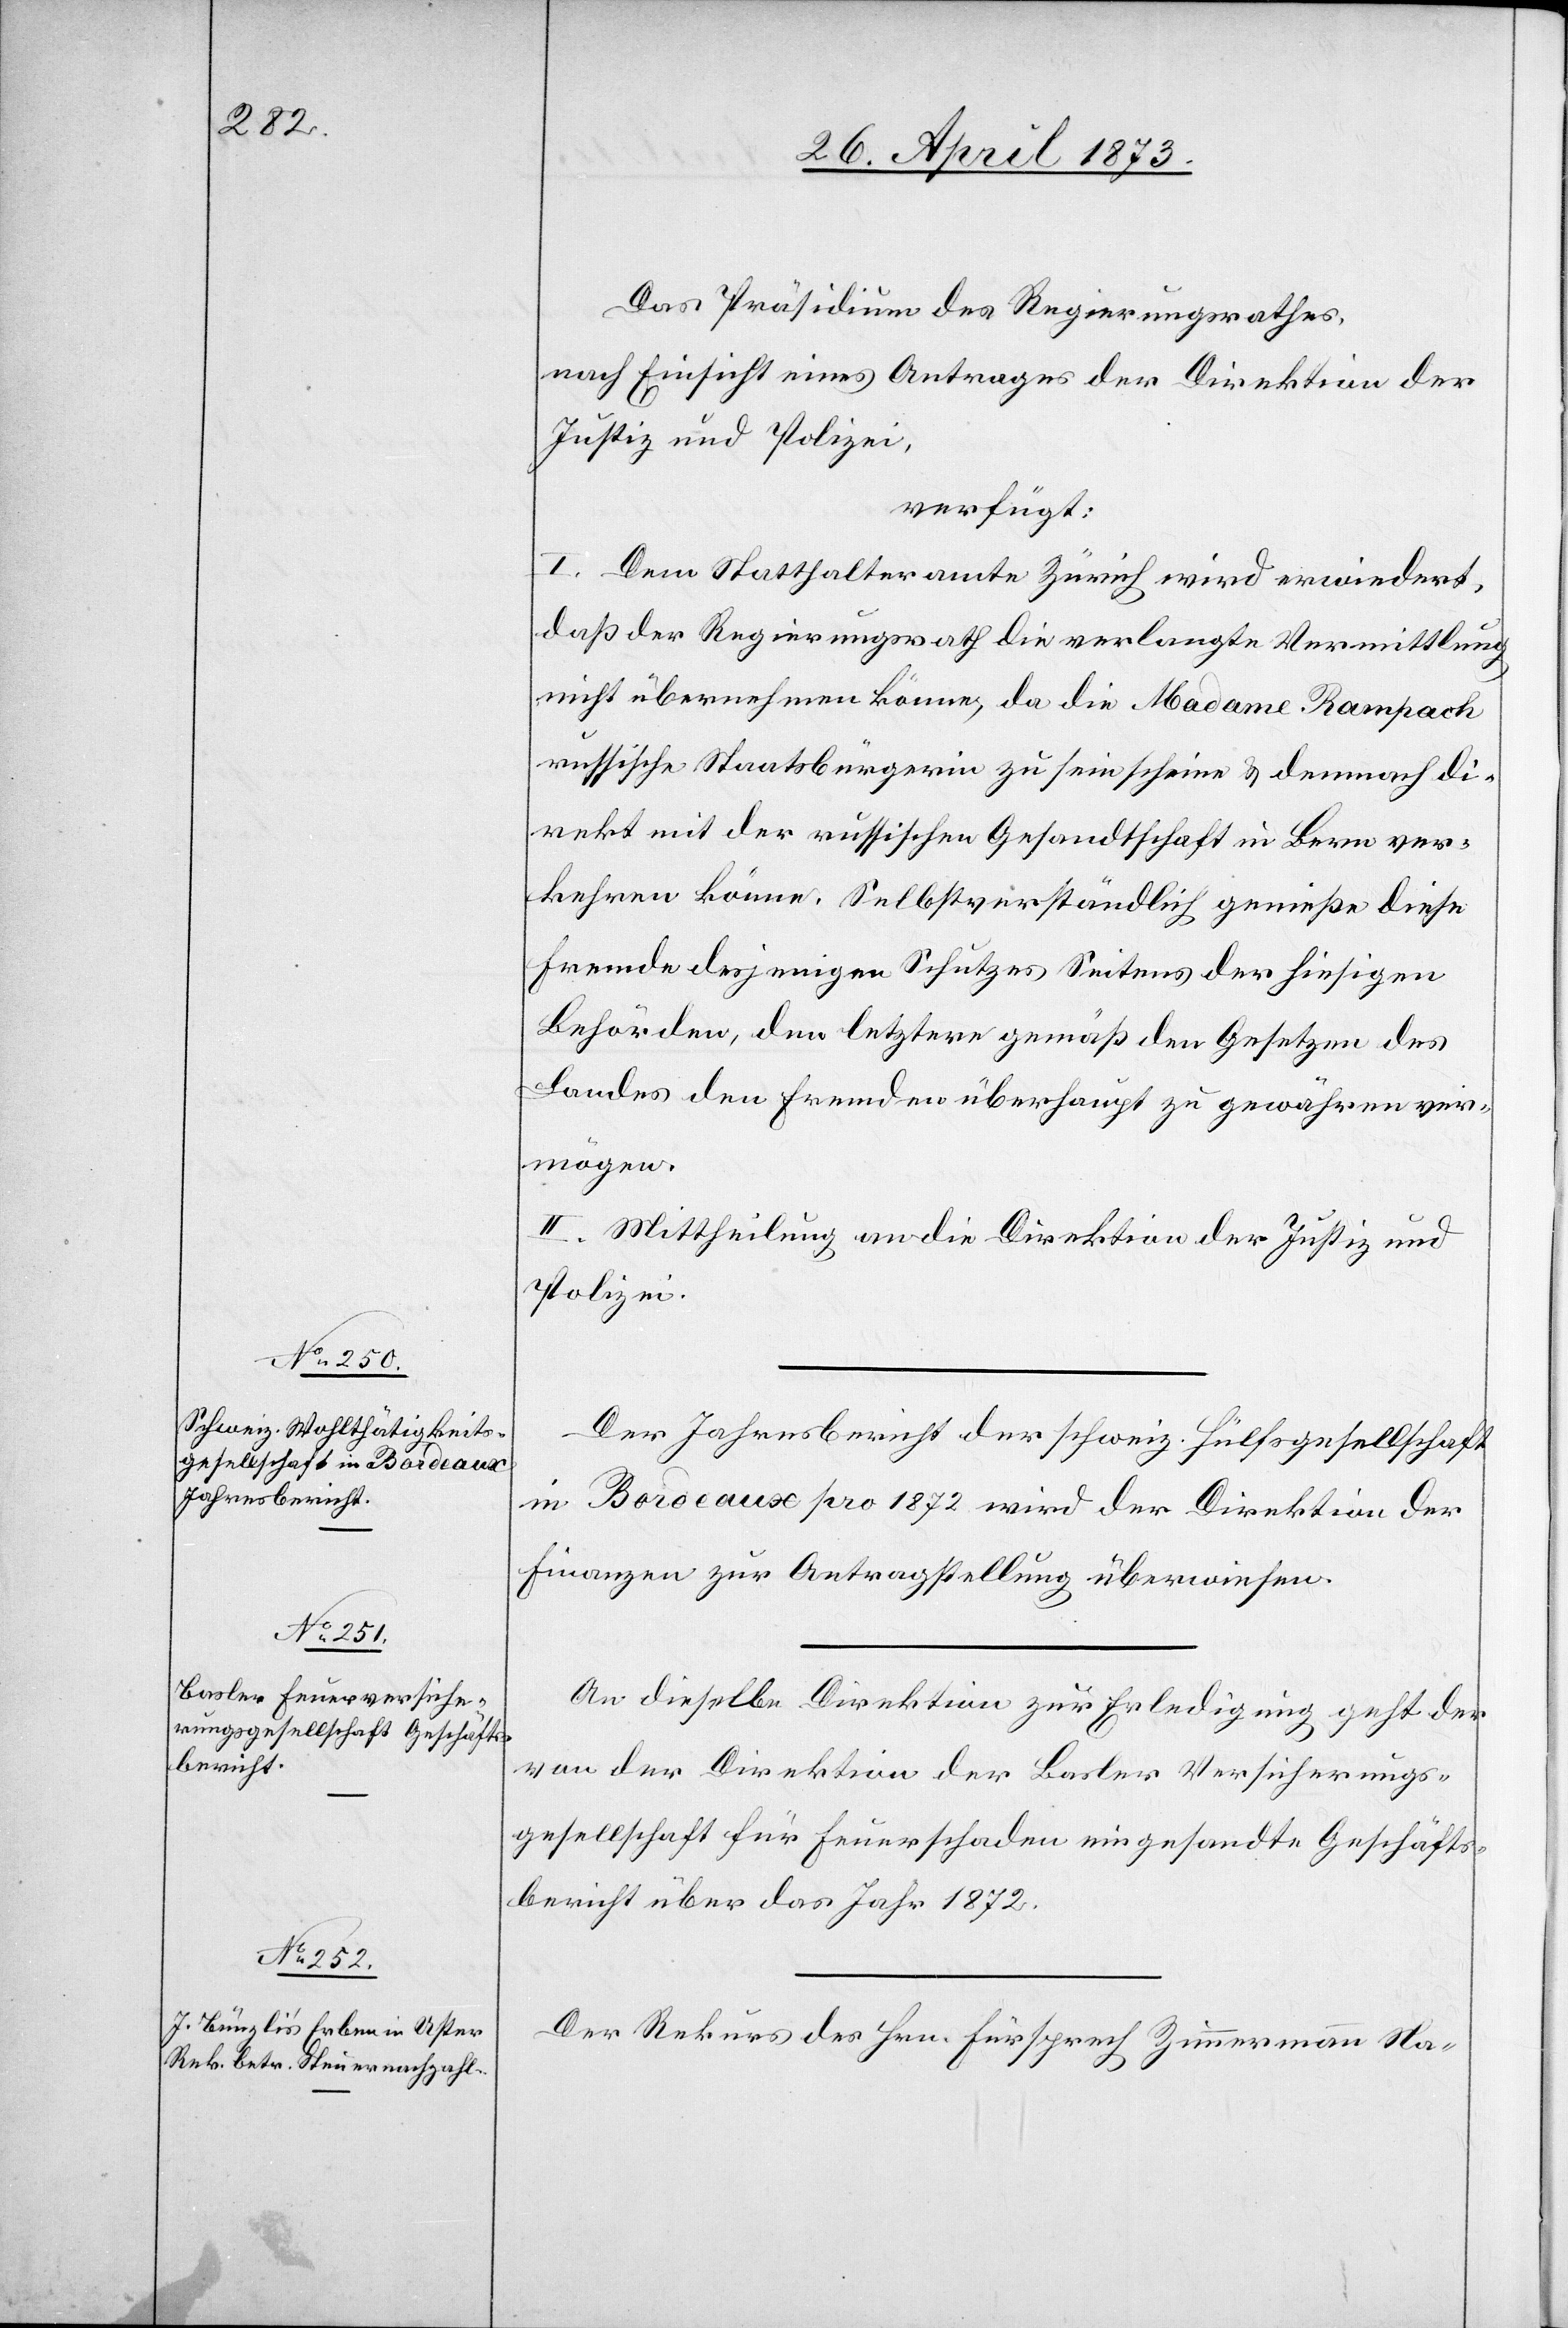
29. April 1873]
Das Präsidium des Regierungsrathes,
nach Einsicht eines Antrages der Direktion der
Justiz und Polizei,
verfügt:
I. Dem Statthalteramte Zürich wird erwiedert,
daß der Regierungsrath die verlangte Vermittlung
nicht übernehmen könne, da die Madame Rampach
russische Staatsbürgerin zu sein scheine & demnach di¬
rekt mit der russischen Gesandtschaft in Bern ver¬
kehren könne. Selbstverständlich genieße diese
Fremde desjenigen Schutzes [sic!] Seitens der hiesigen
Behörden, den letztere gemäß den Gesetzen des
Landes den Fremden überhaupt zu gewähren ver¬
mögen.
II. Mittheilung an die Direktion der Justiz und
Polizei.
Der Jahresbericht der schweiz. Hülfsgesellschaft
in Bordeaux pro 1872 wird der Direktion der
Finanzen zur Antragstellung überwiesen.
An dieselbe Direktion zur Erledigung geht der
von der Direktion der Basler Versicherungs¬
gesellschaft für Feuerschaden eingesandte Geschäfts¬
bericht über das Jahr 1872.
Der Rekurs des Hrn. Fürsprech Zimmermann Na-